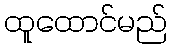
ထူထောင်မည်